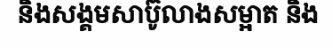
និងសង្គមសាប៊ូលាងសម្អាត និង